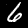
Digit: 6